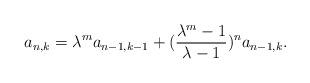
\begin{align*}a_{n,k}=\lambda^m a_{n-1,k-1}+(\frac{\lambda^m-1}{\lambda-1})^na_{n-1,k}.\end{align*}